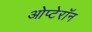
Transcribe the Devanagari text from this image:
ओप्टेरॉन